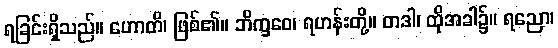
ရခြင်းရှိသည်။ ဟောတိ၊ ဖြစ်၏။ ဘိက္ခဝေ၊ ရဟန်းတို့။ တဒါ၊ ထိုအခါ၌။ ရညော၊